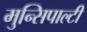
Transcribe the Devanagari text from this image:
मुन्सिपाल्टी